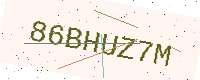
Text: 86BHUZ7M